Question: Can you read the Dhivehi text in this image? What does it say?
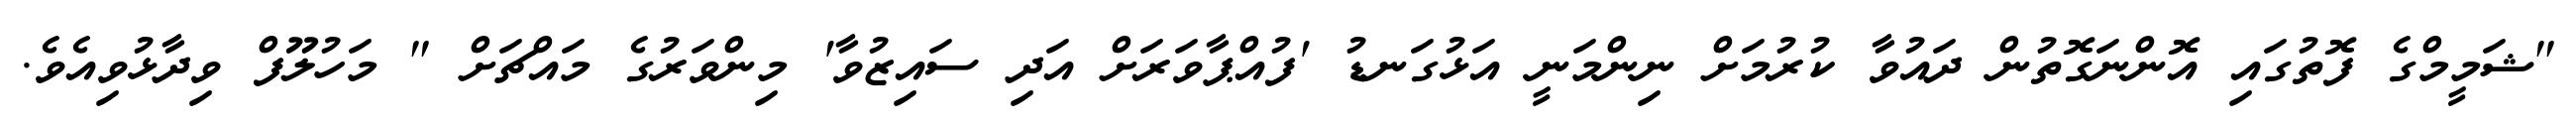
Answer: "ޝަމީމްގެ ފޮތުގައި އޮންނަގޮތުން ދައުވާ ކުރުމަށް ނިންމަނީ އަޅުގަނޑު 'ފުއްޕާވަރަށް އަދި ސައިޒުވާ' މިންވަރުގެ މައްޗަށް " މަހުލޫފް ވިދާޅުވިއެވެ.